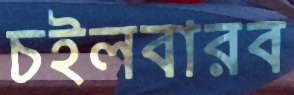
চইলবারব